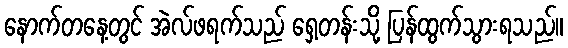
နောက်တနေ့တွင် အဲလ်ဖရက်သည် ရှေ့တန်းသို့ ပြန်ထွက်သွားရသည်။